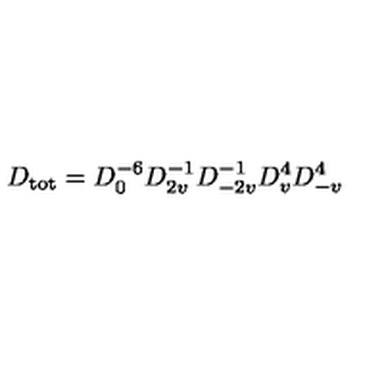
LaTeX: D _ { \mathrm { t o t } } = D _ { 0 } ^ { - 6 } D _ { 2 v } ^ { - 1 } D _ { - 2 v } ^ { - 1 } D _ { v } ^ { 4 } D _ { - v } ^ { 4 }